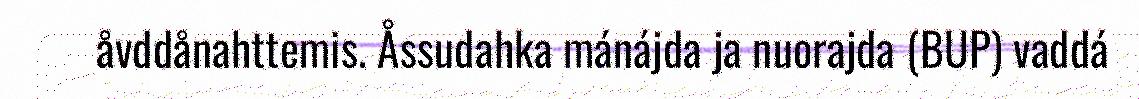
åvddånahttemis. Åssudahka mánájda ja nuorajda (BUP) vaddá